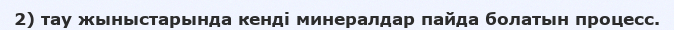
2) тау жыныстарында кенді минералдар пайда болатын процесс.